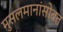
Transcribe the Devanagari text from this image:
मुसलमानांसोबत